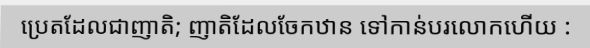
ប្រេតដែលជាញាតិ; ញាតិដែលចែកឋាន ទៅកាន់បរលោកហើយ :